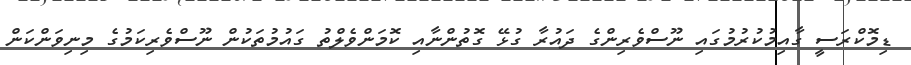
ޑިމޮކްރަސީ ގާއިމުކުރުމުގައި ނޫސްވެރިންގެ ދައުރާ ގުޅޭ ގޮތުންނާއި ކޮމަންވެލްތު ގައުމުތަކުން ނޫސްވެރިކަމުގެ މިނިވަންކަން